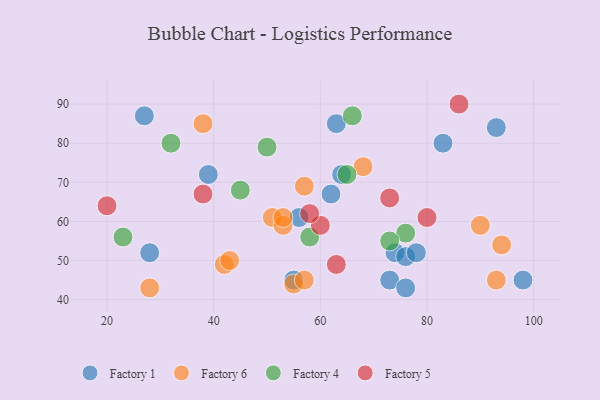
{"axis": {"x": "GDP", "y": "Life Expectancy"}, "legend": ["Factory 1", "Factory 4", "Factory 5", "Factory 6"], "data": [{"x": "55", "y": 45, "type": "Factory 1"}, {"x": "83", "y": 80, "type": "Factory 1"}, {"x": "56", "y": 61, "type": "Factory 1"}, {"x": "74", "y": 52, "type": "Factory 1"}, {"x": "73", "y": 45, "type": "Factory 1"}, {"x": "76", "y": 51, "type": "Factory 1"}, {"x": "62", "y": 67, "type": "Factory 1"}, {"x": "64", "y": 72, "type": "Factory 1"}, {"x": "28", "y": 52, "type": "Factory 1"}, {"x": "27", "y": 87, "type": "Factory 1"}, {"x": "39", "y": 72, "type": "Factory 1"}, {"x": "98", "y": 45, "type": "Factory 1"}, {"x": "93", "y": 84, "type": "Factory 1"}, {"x": "78", "y": 52, "type": "Factory 1"}, {"x": "76", "y": 43, "type": "Factory 1"}, {"x": "63", "y": 85, "type": "Factory 1"}, {"x": "42", "y": 49, "type": "Factory 6"}, {"x": "51", "y": 61, "type": "Factory 6"}, {"x": "53", "y": 59, "type": "Factory 6"}, {"x": "93", "y": 45, "type": "Factory 6"}, {"x": "53", "y": 61, "type": "Factory 6"}, {"x": "55", "y": 44, "type": "Factory 6"}, {"x": "68", "y": 74, "type": "Factory 6"}, {"x": "38", "y": 85, "type": "Factory 6"}, {"x": "57", "y": 45, "type": "Factory 6"}, {"x": "94", "y": 54, "type": "Factory 6"}, {"x": "57", "y": 69, "type": "Factory 6"}, {"x": "90", "y": 59, "type": "Factory 6"}, {"x": "28", "y": 43, "type": "Factory 6"}, {"x": "43", "y": 50, "type": "Factory 6"}, {"x": "23", "y": 56, "type": "Factory 4"}, {"x": "65", "y": 72, "type": "Factory 4"}, {"x": "66", "y": 87, "type": "Factory 4"}, {"x": "76", "y": 57, "type": "Factory 4"}, {"x": "58", "y": 56, "type": "Factory 4"}, {"x": "73", "y": 55, "type": "Factory 4"}, {"x": "45", "y": 68, "type": "Factory 4"}, {"x": "50", "y": 79, "type": "Factory 4"}, {"x": "32", "y": 80, "type": "Factory 4"}, {"x": "60", "y": 59, "type": "Factory 5"}, {"x": "73", "y": 66, "type": "Factory 5"}, {"x": "20", "y": 64, "type": "Factory 5"}, {"x": "63", "y": 49, "type": "Factory 5"}, {"x": "38", "y": 67, "type": "Factory 5"}, {"x": "86", "y": 90, "type": "Factory 5"}, {"x": "80", "y": 61, "type": "Factory 5"}, {"x": "58", "y": 62, "type": "Factory 5"}]}